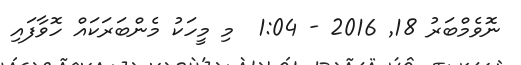
ނޮވެމްބަރު 18